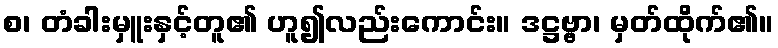
စ၊ တံခါးမှူးနှင့်တူ၏ ဟူ၍လည်းကောင်း။ ဒဋ္ဌဗ္ဗာ၊ မှတ်ထိုက်၏။